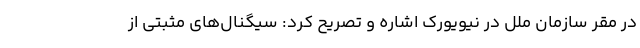
در مقر سازمان ملل در نیویورک اشاره و تصریح کرد: سیگنال‌های مثبتی از